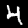
Label: 4